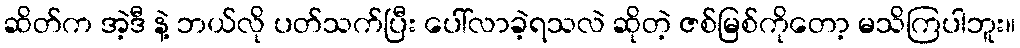
ဆိတ်က အဲ့ဒီ နဲ့ ဘယ်လို ပတ်သက်ပြီး ပေါ်လာခဲ့ရသလဲ ဆိုတဲ့ ဇစ်မြစ်ကိုတော့ မသိကြပါဘူး။